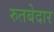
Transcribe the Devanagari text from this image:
रुतबेदार